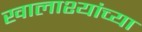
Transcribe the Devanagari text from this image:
खालाश्यांच्या